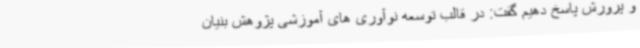
و پرورش پاسخ دهیم گفت: در قالب توسعه نوآوری های آموزشی پژوهش بنیان